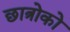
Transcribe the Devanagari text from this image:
छात्रोको